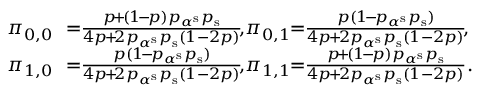
\begin{array} { r l } { \pi _ { 0 , 0 } } & { \! \! = \! \! \frac { p \! + \! ( 1 \! - \! p ) p _ { \alpha ^ { \mathrm { s } } } p _ { \mathrm { s } } } { 4 p \! + \! 2 p _ { \alpha ^ { \mathrm { s } } } p _ { \mathrm { s } } ( 1 - 2 p ) } \! , \! \pi _ { 0 , 1 } \! \! = \! \! \frac { p ( 1 \! - \! p _ { \alpha ^ { \mathrm { s } } } p _ { \mathrm { s } } ) } { 4 p \! + \! 2 p _ { \alpha ^ { \mathrm { s } } } p _ { \mathrm { s } } ( 1 - 2 p ) } \! , \! } \\ { \pi _ { 1 , 0 } } & { \! \! = \! \! \frac { p ( 1 \! - \! p _ { \alpha ^ { \mathrm { s } } } p _ { \mathrm { s } } ) } { 4 p \! + \! 2 p _ { \alpha ^ { \mathrm { s } } } p _ { \mathrm { s } } ( 1 - 2 p ) } \! , \! \pi _ { 1 , 1 } \! \! = \! \! \frac { p \! + \! ( 1 \! - \! p ) p _ { \alpha ^ { \mathrm { s } } } p _ { \mathrm { s } } } { 4 p \! + \! 2 p _ { \alpha ^ { \mathrm { s } } } p _ { \mathrm { s } } ( 1 - 2 p ) } . } \end{array}